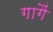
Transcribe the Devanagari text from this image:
गागैं